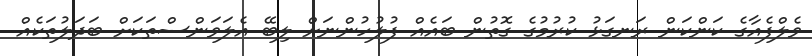
ވެލްފެއާގެ ކަންކަން ރަނގަޅު ކުރުމުގެ ގޮތުން ބައެއް ފުލުހުންނަށް ލިބޭ އެލަވަންސްތަކަށް ބަދަލުތަކެއް